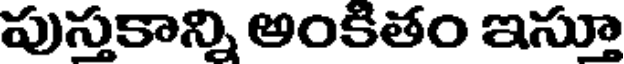
పుస్తకాన్ని అంకితం ఇసూ